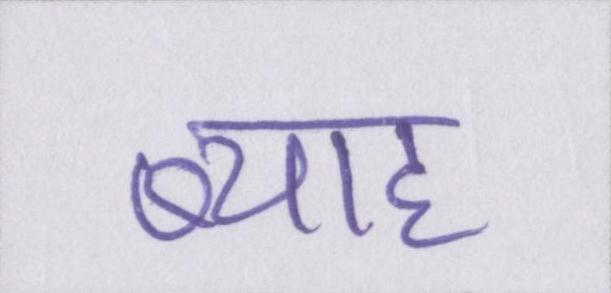
ब्याह